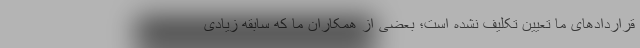
قراردادهای ما تعیین تکلیف نشده است؛ بعضی از همکاران ما که سابقه زیادی